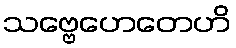
သဗ္ဗေဟေတေဟိ